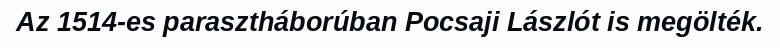
Az 1514-es parasztháborúban Pocsaji Lászlót is megölték.